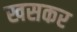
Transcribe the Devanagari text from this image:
खसकर